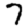
Digit: 7